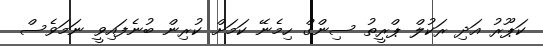
ކަޕޫރު އަދި ރަކުލް ޕްރީތު ސިންގް ހިމެނޭ ކަމަށް ކުރިން ބުނެފައިވީ ނަމަވެސް